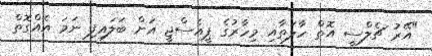
"އޭރު ޗެލްސީ އޮތް ހާލަތާއި މިހާރުގެ ޕީއެސްޖީ އަށް ބަލައިފި ނަމަ އެއްގޮތް